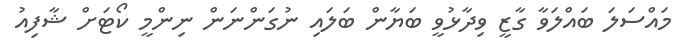
މައްސަލަ ބައްލަވާ ގާޒީ ވިދާޅުވީ ބަޔާން ބަލައި ނުގަންނަން ނިންމީ ކޯޓަށް ޝާފިއު